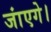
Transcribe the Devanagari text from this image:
जांएगे।